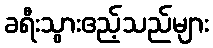
ခရီးသွားဧည့်သည်များ